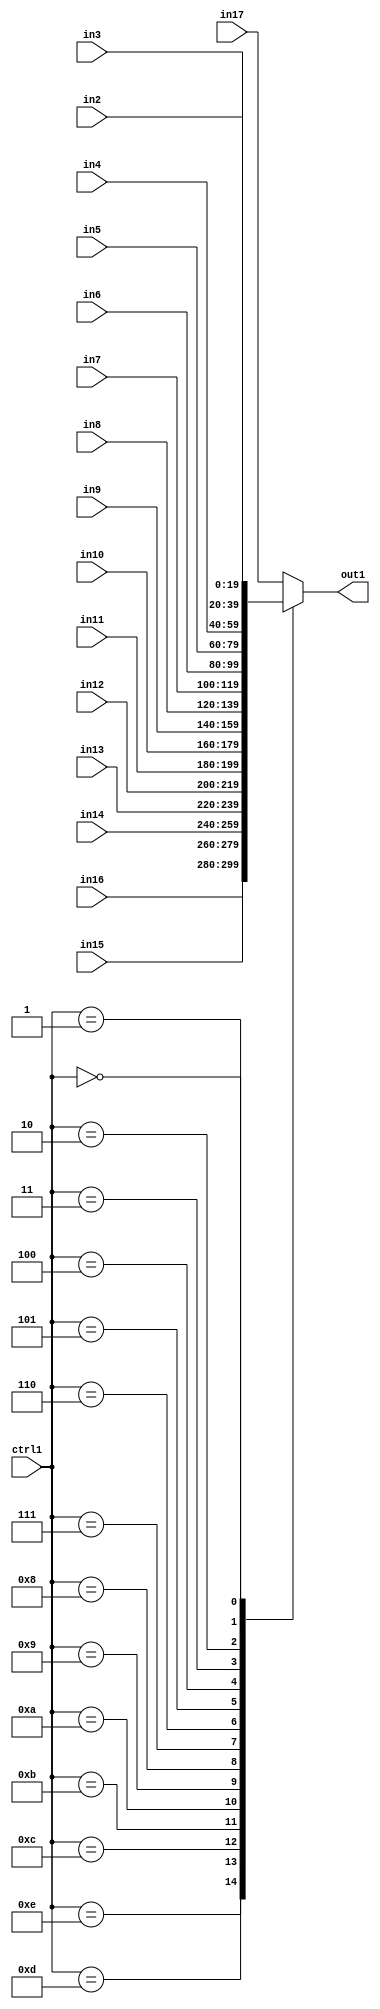
`timescale 1ps / 1ps
/*****************************************************************************
    Verilog RTL Description
    
    
    Created by: Stratus DpOpt 21.05.01 
*******************************************************************************/

module SobelFilter_N_Mux_20_16_22_4 (
	in17,
	in16,
	in15,
	in14,
	in13,
	in12,
	in11,
	in10,
	in9,
	in8,
	in7,
	in6,
	in5,
	in4,
	in3,
	in2,
	ctrl1,
	out1
	); /* architecture "behavioural" */ 
input [19:0] in17,
	in16,
	in15,
	in14,
	in13,
	in12,
	in11,
	in10,
	in9,
	in8,
	in7,
	in6,
	in5,
	in4,
	in3,
	in2;
input [3:0] ctrl1;
output [19:0] out1;
wire [19:0] asc001;

reg [19:0] asc001_tmp_0;
assign asc001 = asc001_tmp_0;
always @ (ctrl1 or in16 or in15 or in14 or in13 or in12 or in11 or in10 or in9 or in8 or in7 or in6 or
    in5 or in4 or in3 or in2 or in17) begin
	case (ctrl1)
		4'B1110 : asc001_tmp_0 = in16 ;
		4'B1101 : asc001_tmp_0 = in15 ;
		4'B1100 : asc001_tmp_0 = in14 ;
		4'B1011 : asc001_tmp_0 = in13 ;
		4'B1010 : asc001_tmp_0 = in12 ;
		4'B1001 : asc001_tmp_0 = in11 ;
		4'B1000 : asc001_tmp_0 = in10 ;
		4'B0111 : asc001_tmp_0 = in9 ;
		4'B0110 : asc001_tmp_0 = in8 ;
		4'B0101 : asc001_tmp_0 = in7 ;
		4'B0100 : asc001_tmp_0 = in6 ;
		4'B0011 : asc001_tmp_0 = in5 ;
		4'B0010 : asc001_tmp_0 = in4 ;
		4'B0001 : asc001_tmp_0 = in3 ;
		4'B0000 : asc001_tmp_0 = in2 ;
		default : asc001_tmp_0 = in17 ;
	endcase
end

assign out1 = asc001;
endmodule

/* CADENCE  urHwQgjf : u9/ySxbfrwZIxEzHVQQV8Q== ** DO NOT EDIT THIS LINE ******/